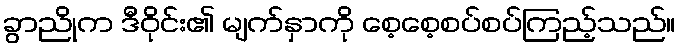
ခွာညိုက ဒီဝိုင်း၏ မျက်နှာကို စေ့စေ့စပ်စပ်ကြည့်သည်။